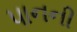
પાનની